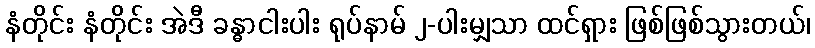
နံတိုင်း နံတိုင်း အဲဒီ ခန္ဓာငါးပါး ရုပ်နာမ် ၂-ပါးမျှသာ ထင်ရှား ဖြစ်ဖြစ်သွားတယ်၊